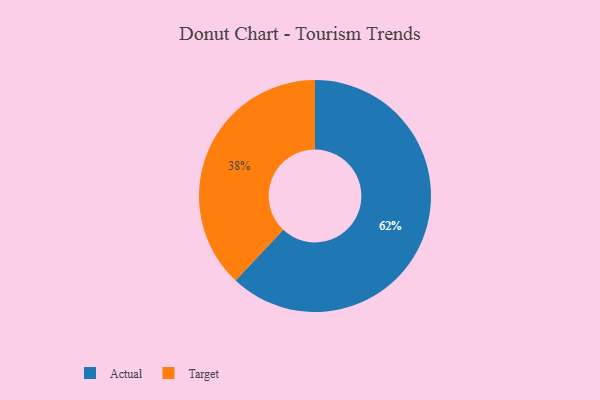
{"axis": {"x": "Category", "y": "Percentage"}, "legend": ["Actual", "Target"], "data": [{"x": "Target", "y": 38, "type": "Target"}, {"x": "Actual", "y": 62, "type": "Actual"}]}